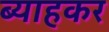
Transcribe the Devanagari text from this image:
ब्याहकर